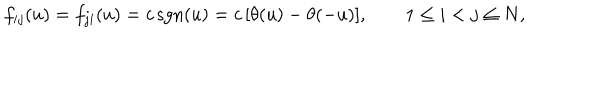
f _ { i j } ( u ) = f _ { j i } ( u ) = c \, \mathrm { s g n } ( u ) = c \, [ \theta ( u ) - \theta ( - u ) ] , \qquad 1 \le i < j \le N ,